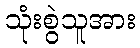
သုံးစွဲသူအား